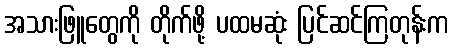
အသားဖြူတွေကို တိုက်ဖို့ ပထမဆုံး ပြင်ဆင်ကြတုန်းက